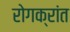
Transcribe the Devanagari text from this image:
रोगक्रांत